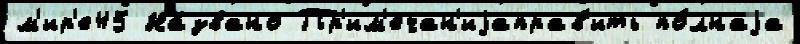
м'ир'е45 На́звано Пр'им'ечан'иjаправ'ить по́лнаjа